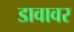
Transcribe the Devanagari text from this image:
डावावर